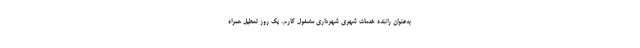
به‌عنوان راننده خدمات شهری شهرداری مشغول کارم. یک روز تعطیل همراه